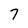
Character: 7